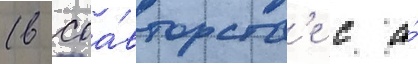
(в соа́вторств'е с а́